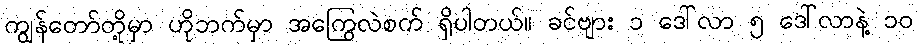
ကျွန်တော်တို့မှာ ဟိုဘက်မှာ အကြွေလဲစက် ရှိပါတယ်။ ခင်ဗျား ၁ ဒေါ်လာ ၅ ဒေါ်လာနဲ့ ၁၀